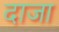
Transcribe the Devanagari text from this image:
दाजा